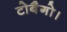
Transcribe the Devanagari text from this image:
टोबैगो।